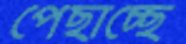
পেছাচ্ছে